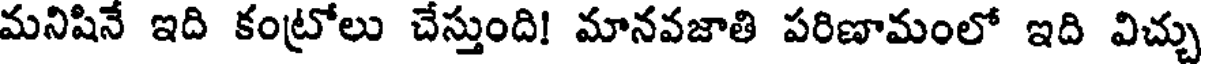
మనిషినే ఇది కంట్రోలు చేస్తుంది! మానవజాతి పరిణామంలో ఇది విచ్చు